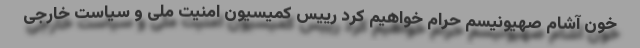
خون آشام صهیونیسم حرام خواهیم کرد رییس کمیسیون امنیت ملی و سیاست خارجی